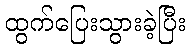
ထွက်ပြေးသွားခဲ့ပြီး